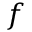
f